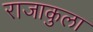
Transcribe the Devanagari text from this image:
राजाकुला